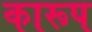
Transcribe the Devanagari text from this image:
कारूप